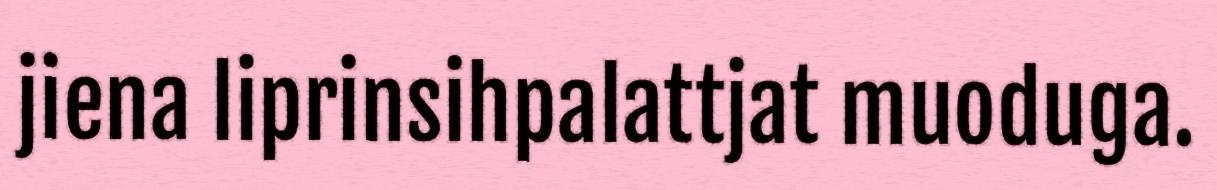
jiena liprinsihpalattjat muoduga.